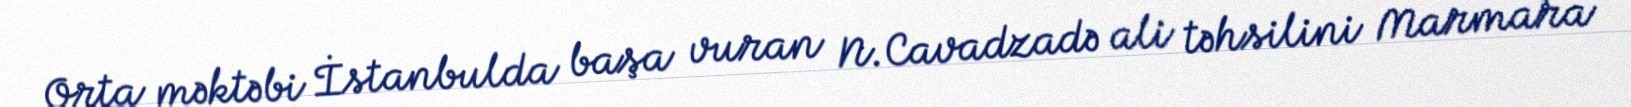
Orta məktəbi İstanbulda başa vuran N.Cavadzadə ali təhsilini Marmara